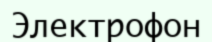
Электрофон